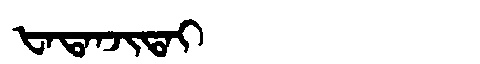
Manchu: ᡶᠠᡨᠠᠨᠵᡳᡨᠠᡳ
Romanization: FATANJITAI